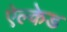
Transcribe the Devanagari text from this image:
ऐल्केड